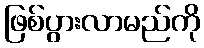
ဖြစ်ပွားလာမည်ကို